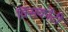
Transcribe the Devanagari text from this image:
विसकोंटी